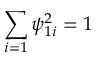
\sum _ { i = 1 } \psi _ { 1 i } ^ { 2 } = 1